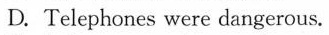
D. Telephones were dangerous.